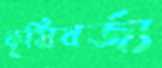
কৃষিবর্জ্য